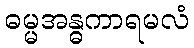
ဓမ္မအန္ဓကာရမလံ